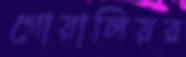
গোয়ালিয়র